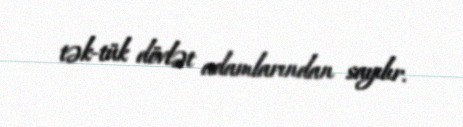
tək-tük dövlət adamlarından sayılır.